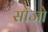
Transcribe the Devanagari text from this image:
सोजो